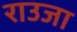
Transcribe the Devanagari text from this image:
राउजा